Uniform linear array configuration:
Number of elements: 64
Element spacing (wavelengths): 0.75
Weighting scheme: kaiser
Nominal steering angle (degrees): -15
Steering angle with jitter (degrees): -16.42
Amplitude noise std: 0.05
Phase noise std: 0.05

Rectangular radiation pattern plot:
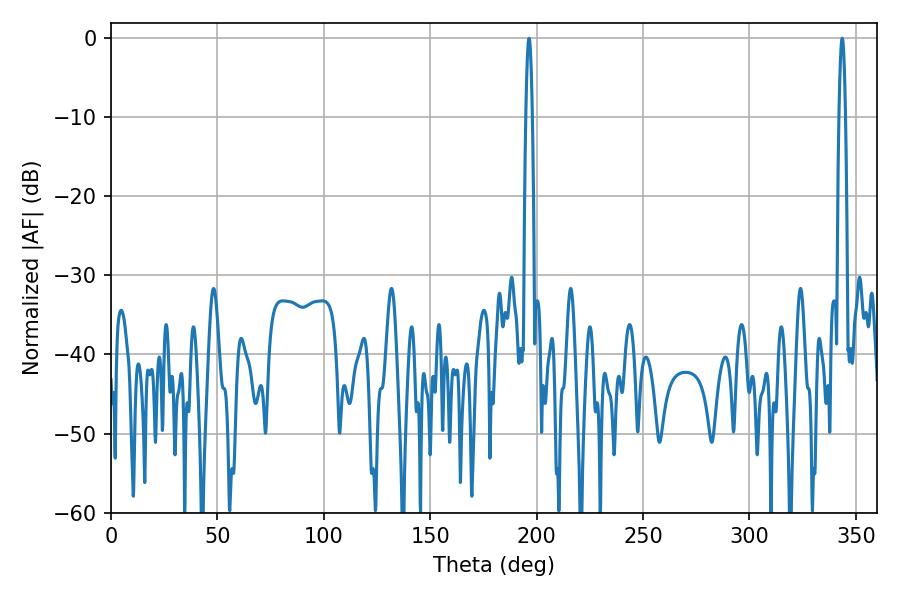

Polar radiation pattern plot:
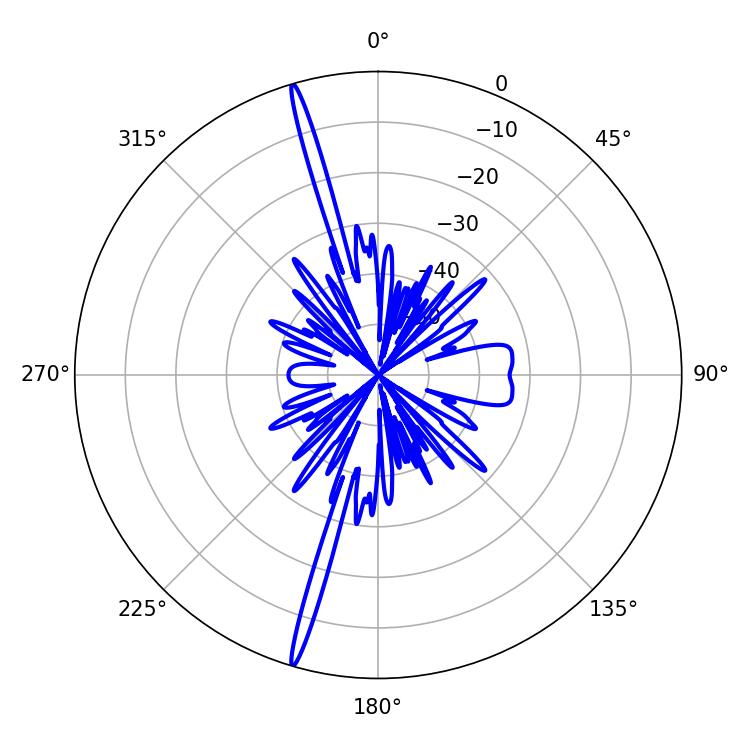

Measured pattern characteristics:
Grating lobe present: TRUE
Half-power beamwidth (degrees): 1.62
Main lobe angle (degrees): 196.38